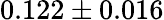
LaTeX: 0.122\pm 0.016